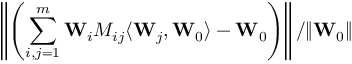
\left\| \left( \sum _ { i , j = 1 } ^ { m } { \bf W } _ { i } M _ { i j } \langle { \bf W } _ { j } , { \bf W } _ { 0 } \rangle - { \bf W } _ { 0 } \right) \right\| / \| { \bf W } _ { 0 } \|